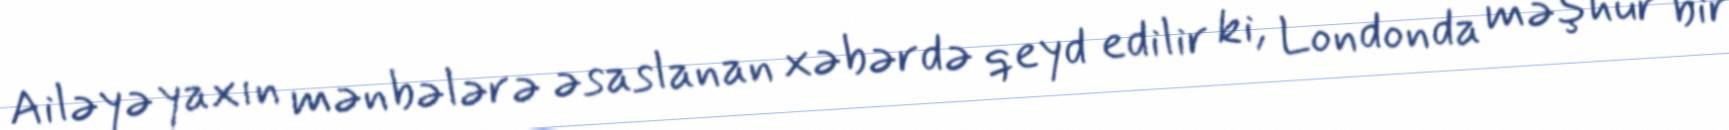
Ailəyə yaxın mənbələrə əsaslanan xəbərdə qeyd edilir ki, Londonda məşhur bir